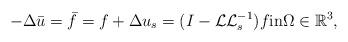
LaTeX: \begin{align*} -\Delta \bar{u } = \bar{f} = f + \Delta {u}_s = (I - {\cal L}{\cal L}^{-1}_s)f \mbox{in} \Omega \in \mathbb{R}^3,\end{align*}